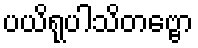
ပယိရုပါသိတဗ္ဗော